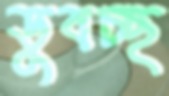
ডুবচ্ছ